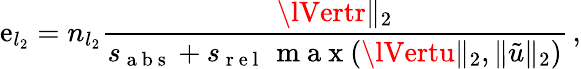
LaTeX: \mathrm{e}_{l_{2}}=n_{l_{2}}\frac{{\lVertr\rVert_{2}}}{{s_{\mathrm{{~a~b~s~}}}+s_{\mathrm{{~r~\mathrm{e}~l~}}}\, \mathrm{{~m~a~x~}}(\lVertu\rVert_{2},\lVert\tilde{{u}}\rVert_{2})}}\, ,